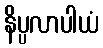
နိပ္ပလာပါယံ